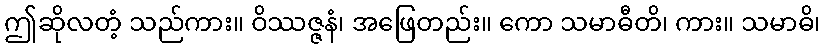
ဤဆိုလတံ့ သည်ကား။ ဝိဿဇ္ဇနံ၊ အဖြေတည်း။ ကော သမာဓီတိ၊ ကား။ သမာဓိ၊